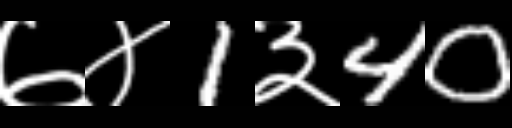
Text: ७४1३40